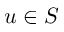
u \in S